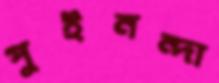
পুইনন্দা